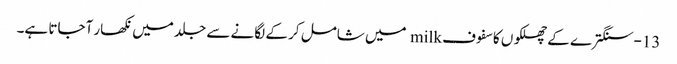
13-سنگترے کے چھلکوں کا سفوف milk میں شامل کر کے لگانے سے جلد میں نکھار آجاتا ہے۔